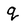
Character: q